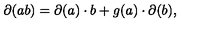
\partial ( a b ) = \partial ( a ) \cdot b + g ( a ) \cdot \partial ( b ) ,